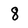
Character: 8